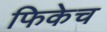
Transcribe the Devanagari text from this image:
फिकेच